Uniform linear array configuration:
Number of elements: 8
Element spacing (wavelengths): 1
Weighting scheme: uniform
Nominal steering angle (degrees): -30
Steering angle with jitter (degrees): -30.89
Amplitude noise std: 0.05
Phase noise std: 0.05

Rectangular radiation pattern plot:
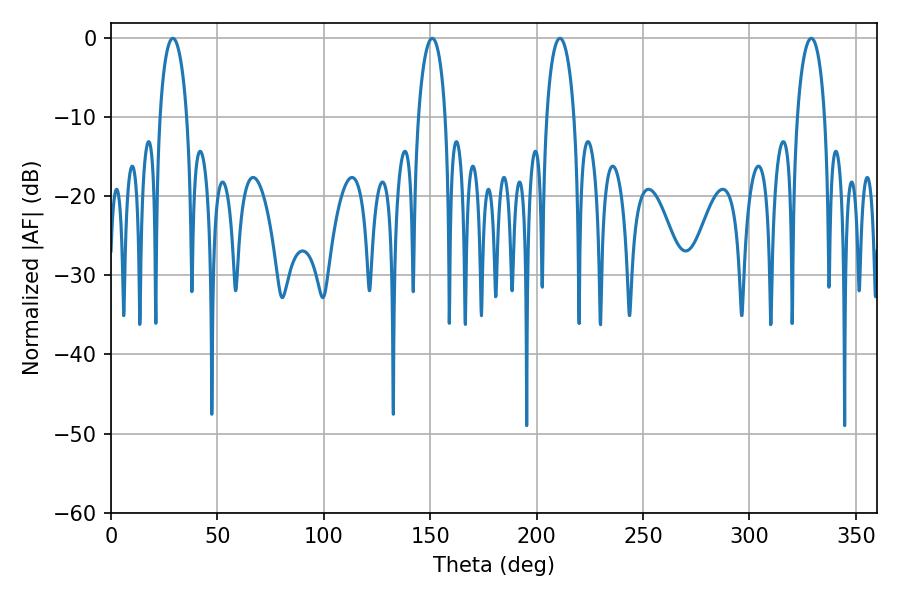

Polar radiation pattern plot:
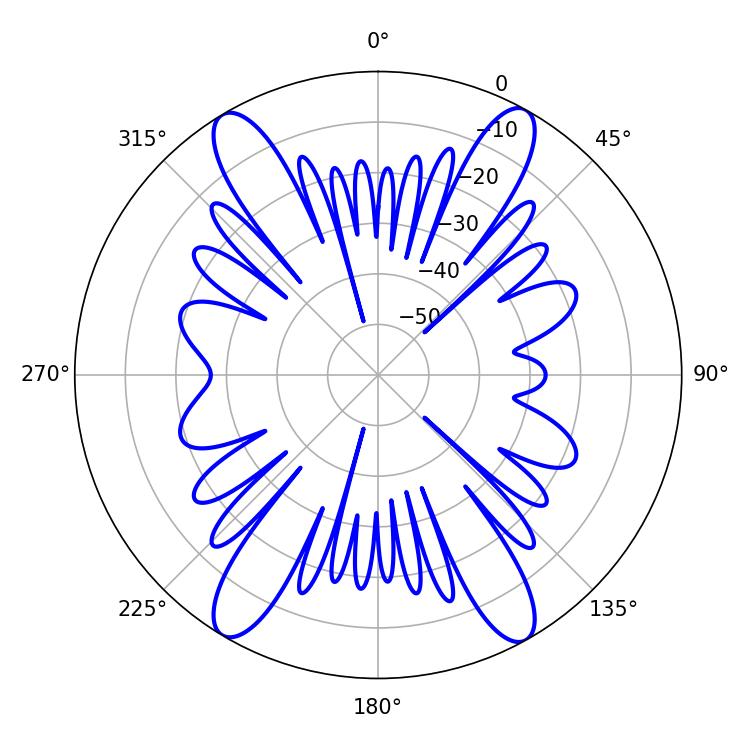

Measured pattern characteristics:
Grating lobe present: TRUE
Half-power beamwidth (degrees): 7.38
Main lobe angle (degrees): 210.96